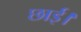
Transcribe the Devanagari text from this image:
छाई।